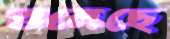
গুলেছে